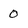
Character: 0